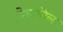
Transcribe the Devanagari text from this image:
बेलगोल